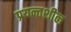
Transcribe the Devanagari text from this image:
प्रयन्तशील